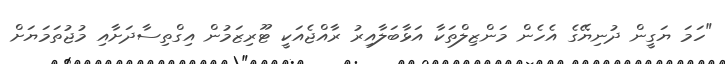
"ހަމަ ޔަގީން ދުނިޔޭގެ އެހެން މަންޒިލްތަކާ އަޅާބަލާއިރު ރާއްޖެއަކީ ޓޫރިޒަމުން އިގްތިސާދަށާއި މުޖުތަމަޔަށް